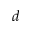
d